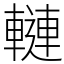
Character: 轋